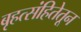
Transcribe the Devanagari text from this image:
बृहत्संहितेतून